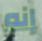
إنه